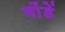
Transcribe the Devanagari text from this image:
मोंडें